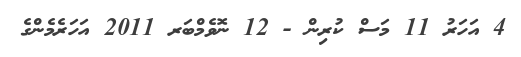
4 އަހަރު 11 މަސް ކުރިން - 12 ނޮވެމްބަރ 2011 އަހަރެމެންގެ